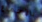
بالإجماع